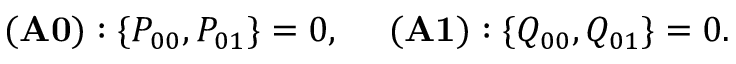
\begin{array} { r } { { \bf ( A 0 ) } : \{ P _ { 0 0 } , P _ { 0 1 } \} = 0 , ~ ~ ~ ~ { \bf ( A 1 ) } : \{ Q _ { 0 0 } , Q _ { 0 1 } \} = 0 . } \end{array}